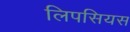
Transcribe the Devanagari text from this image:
लिपसियस